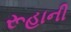
રૂહાની